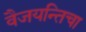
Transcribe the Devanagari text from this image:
वैजयन्तिचा